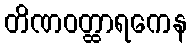
တိဏဝတ္ထာရကေန